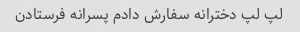
لپ لپ دخترانه سفارش دادم پسرانه فرستادن